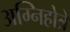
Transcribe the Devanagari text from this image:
अग्निहोत्रे